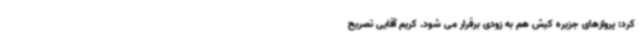
کرد: پروازهای جزیره کیش هم به زودی برقرار می شود. کریم آقایی تصریح